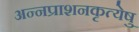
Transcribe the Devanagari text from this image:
अन्नप्राशनकृत्येषु